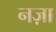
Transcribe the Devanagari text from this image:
नज़ा